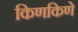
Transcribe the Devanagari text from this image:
किणकिणे